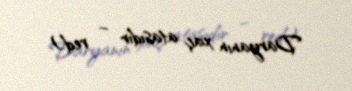
Daryanın xaç atasıdır – red.).